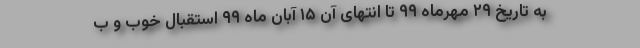
به تاریخ ۲۹ مهرماه ۹۹ تا انتهای آن ۱۵ آبان ماه ۹۹ استقبال خوب و ب